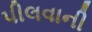
પીલવાની